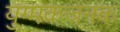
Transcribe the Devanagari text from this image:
युग्मकजनक